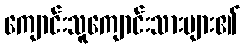
ကျောင်းသူကျောင်းသားများ၏